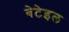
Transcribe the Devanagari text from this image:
बेटेइल